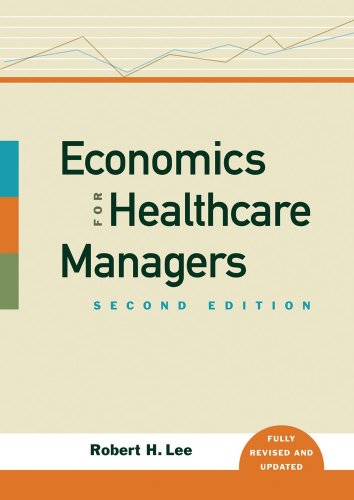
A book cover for Economics for Healthcare Managers, Second Edition; Robert H. Lee; Medical Books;